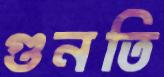
গুনতি